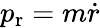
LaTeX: p_{\mathrm{r}}=m{\dot{r}}